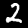
Label: 2